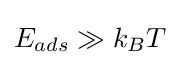
E_{ads}\gg k_{B}T